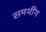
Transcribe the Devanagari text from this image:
समथींग